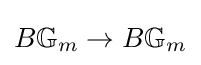
B\mathbb {G} _{m}\to B\mathbb {G} _{m}